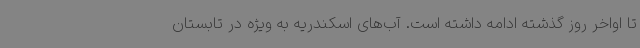
تا اواخر روز گذشته ادامه داشته است. آب‌های اسکندریه به ویژه در تابستان